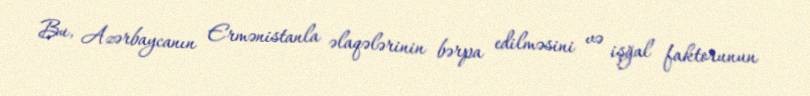
Bu, Azərbaycanın Ermənistanla əlaqələrinin bərpa edilməsini və işğal faktorunun